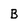
Character: B